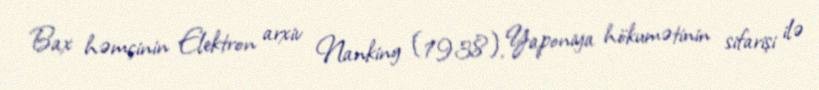
Bax həmçinin Elektron arxiv Nanking (1938), Yaponiya hökumətinin sifarişi ilə